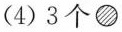
(4)3个●